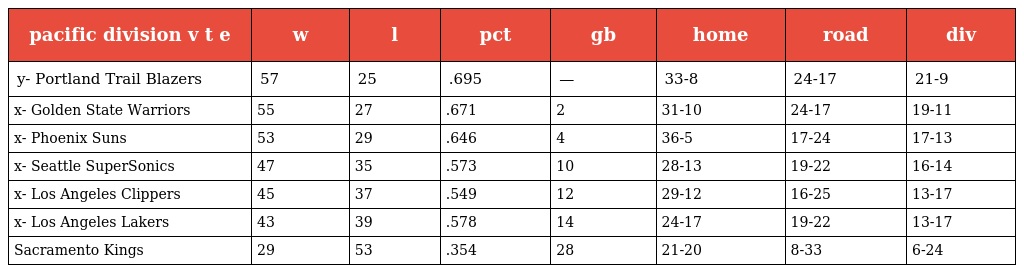
| pacific division v t e | w | l | pct | gb | home | road | div |
 | --- | --- | --- | --- | --- | --- | --- | --- |
 | y- Portland Trail Blazers | 57 | 25 | .695 | — | 33-8 | 24-17 | 21-9 |
 | x- Golden State Warriors | 55 | 27 | .671 | 2 | 31-10 | 24-17 | 19-11 |
 | x- Phoenix Suns | 53 | 29 | .646 | 4 | 36-5 | 17-24 | 17-13 |
 | x- Seattle SuperSonics | 47 | 35 | .573 | 10 | 28-13 | 19-22 | 16-14 |
 | x- Los Angeles Clippers | 45 | 37 | .549 | 12 | 29-12 | 16-25 | 13-17 |
 | x- Los Angeles Lakers | 43 | 39 | .578 | 14 | 24-17 | 19-22 | 13-17 |
 | Sacramento Kings | 29 | 53 | .354 | 28 | 21-20 | 8-33 | 6-24 |